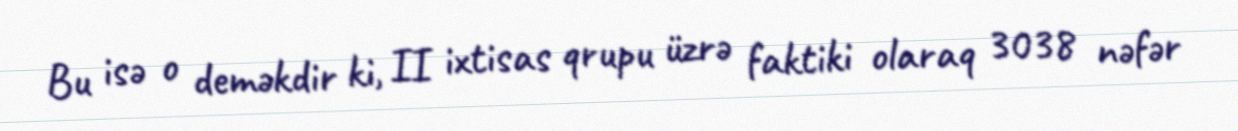
Bu isə o deməkdir ki, II ixtisas qrupu üzrə faktiki olaraq 3038 nəfər